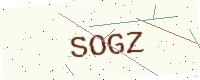
Text: SOGZ